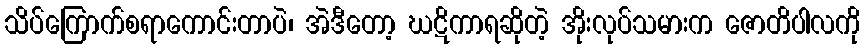
သိပ်ကြောက်စရာကောင်းတာပဲ၊ အဲဒီတော့ ဃဋိကာရဆိုတဲ့ အိုးလုပ်သမားက ဇောတိပါလကို